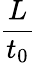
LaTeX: \frac{L}{t_{0}}